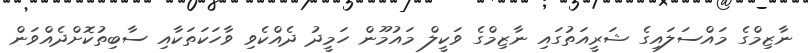
ނާޒިމްގެ މައްސަލައިގެ ޝަރީއަތުގައި ނާޒިމްގެ ވަކީލް މައުމޫން ހަމީދު ދެއްކެވި ވާހަކަތަކާއި ސާބިތުކޮށްދެއްވަން